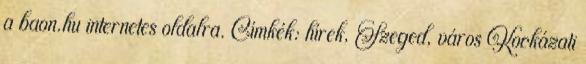
a baon.hu internetes oldalra. Címkék: hírek, Szeged, város Kockázati